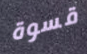
قسوة